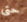
حتى